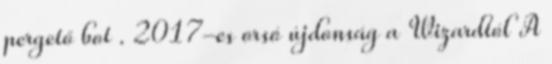
pergető bot . 2017-es orsó újdonság a Wizardtól A